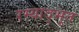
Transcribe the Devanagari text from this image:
रम्याद्भुत